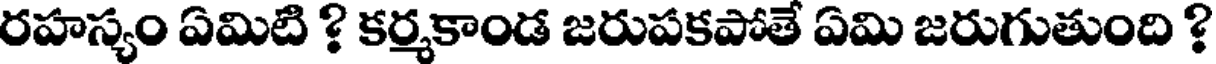
రహస్యం ఏమిటి ? కర్మకాండ జరుపకపోతే ఏమి జరుగుతుంది ?